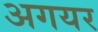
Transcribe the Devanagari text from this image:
अगयर